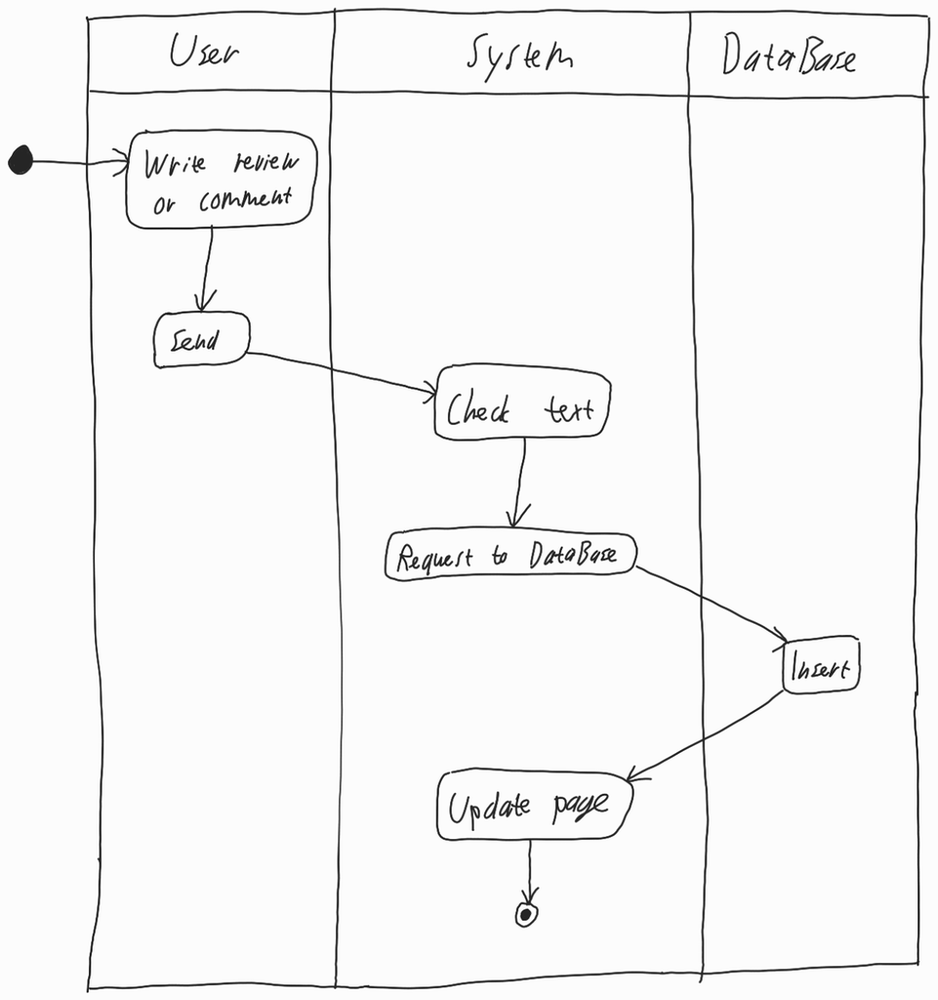
Diagram type: activity_diagram
```plantuml
@startuml

|User|

start

:Write review or comment;

:Send;

|System|

:Check text;

:Request to DataBase;

|DataBase|

:Insert;

|System|

:Update page;

stop

@enduml
```